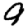
Digit: 9